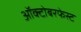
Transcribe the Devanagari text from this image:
ऑक्टोबरफेस्ट